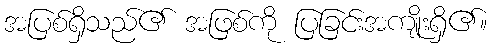
အပြစ်ရှိသည်၏ အဖြစ်ကို ပြခြင်းအကျိုးရှိ၏။